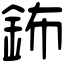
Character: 鈽